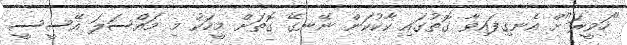
"ހަވީރަ"ށް އެނގިފައިވާ ގޮތުގައި ކާކުކަން ނޭނގޭ ގޮތަށް މީހަކު މި މައްސަލަ އޭސީސީ